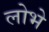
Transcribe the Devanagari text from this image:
लोभे